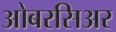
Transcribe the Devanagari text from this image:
ओबरसिअर